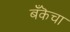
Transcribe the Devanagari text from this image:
बँकॆचा